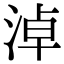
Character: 淖